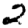
Digit: 2